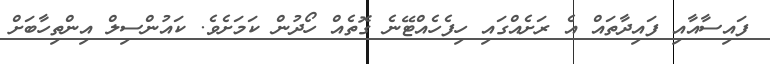
ފައިސާއާއި ފައިދާތައް އެ ރަށެއްގައި ހިފެހެއްޓޭނެ ގޮތެއް ހޯދުން ކަމަށެވެ. ކައުންސިލް އިންތިހާބަށް